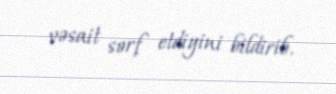
vəsait sərf etdiyini bildirib.